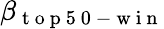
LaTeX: \beta_{\mathrm{~t~o~p~5~0~-~w~i~n~}}